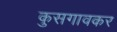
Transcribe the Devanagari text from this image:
कुसगावकर